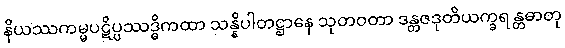
နိယဿကမ္မပဋိပ္ပဿဒ္ဓိကထာ သန္နိပါတဋ္ဌာနေ သုတဝတာ ဒန္တဇဒုတိယက္ခရန္တဓာတု